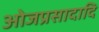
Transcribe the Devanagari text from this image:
ओजप्रसादादि